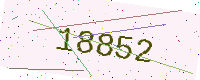
Text: 18852